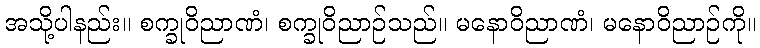
အသို့ပါနည်း။ စက္ခုဝိညာဏံ၊ စက္ခုဝိညာဉ်သည်။ မနောဝိညာဏံ၊ မနောဝိညာဉ်ကို။